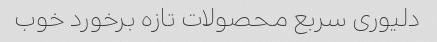
دلیوری سربع محصولات تازه برخورد خوب